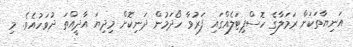
އަނިޔާތަކަށް ރަމަލާގެ ހޮސްޕިޓަލެއްގައި ފަރުވާ ހޯދަމުން ދަނިކޮށް މިދިޔަ އާދީއްތަ ދުވަހުއެވެ. މި